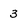
Character: 3